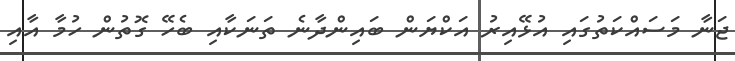
ޖަނާ މަސައްކަތުގައި އުޅޭއިރު އަކްޔަން ބައިންދާނެ ތަނަކާއި ބެހޭ ގޮތުން ހުމާ އާއި